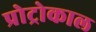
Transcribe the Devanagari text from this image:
प्रोट्रोकाल